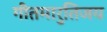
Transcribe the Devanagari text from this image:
गीतमारुतिजय